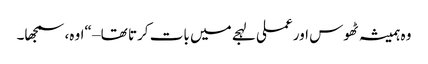
وہ ہمیشہ ٹھوس اور عملی لہجے میں بات کرتا تھا – “اوہ، سمجھا۔